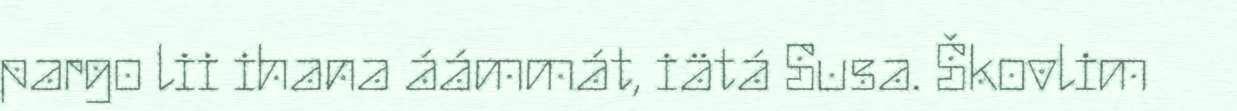
pargo lii ihana áámmát, iätá Susa. Škovlim